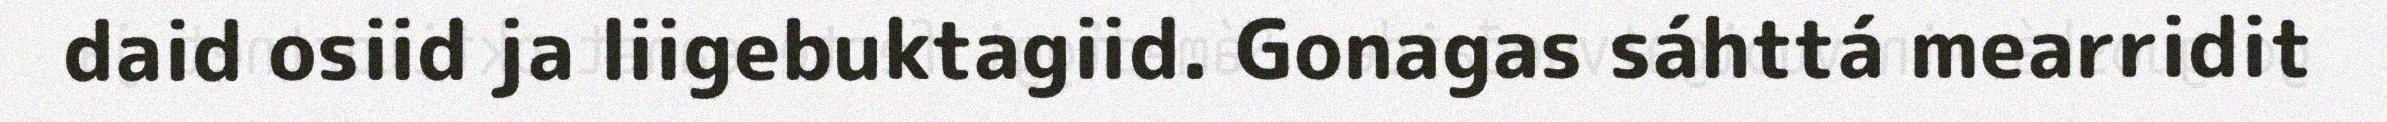
daid osiid ja liigebuktagiid. Gonagas sáhttá mearridit